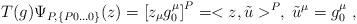
LaTeX: \begin{align*}T(g)\Psi_{P,\{P0\ldots 0\}}(z)=\left[z_{\mu}g^{\mu}_{0}\right]^{P}=<z,\tilde{u}>^{P}, \; \tilde{u}^{\mu}=g^{\mu}_{0}\;,\end{align*}